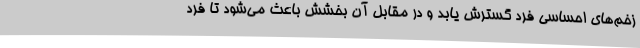
زخم‌های احساسی فرد گسترش یابد و در مقابل آن بخشش باعث می‌شود تا فرد